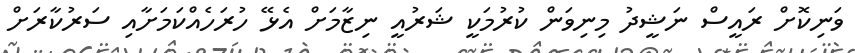
ވަނިކޮށް ރައީސް ނަޝީދު މިނިވަން ކުރުމަކީ ޝަރުއީ ނިޒާމަށް އެޅޭ ހުރަހެއްކަމަށާއި ސަރުކާރަށް